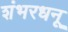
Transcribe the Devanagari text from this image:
शंभरधनू